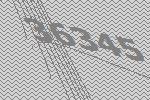
36345